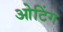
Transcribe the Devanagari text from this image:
ओटिंग